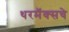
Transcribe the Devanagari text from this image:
थरमॅक्सचे